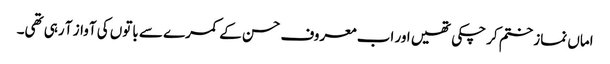
اماں نماز ختم کر چکی تھیں اور اب معروف حسن کے کمرے سے باتوں کی آواز آ رہی تھی۔